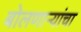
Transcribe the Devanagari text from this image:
बोलणाऱ्यांचा